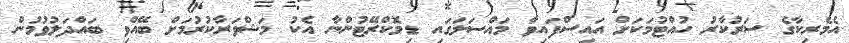
އެމެރިކާގެ ސަރުކާރު ހުއްޓުމަކަށް އައިސްފައިވާ މައްސަލަގައި ޑިމޮކްރޭޓުންނާ އެކު މަޝްވަރާކުރުމަށް ބޭއްވި ބައްދަލުވުމުން